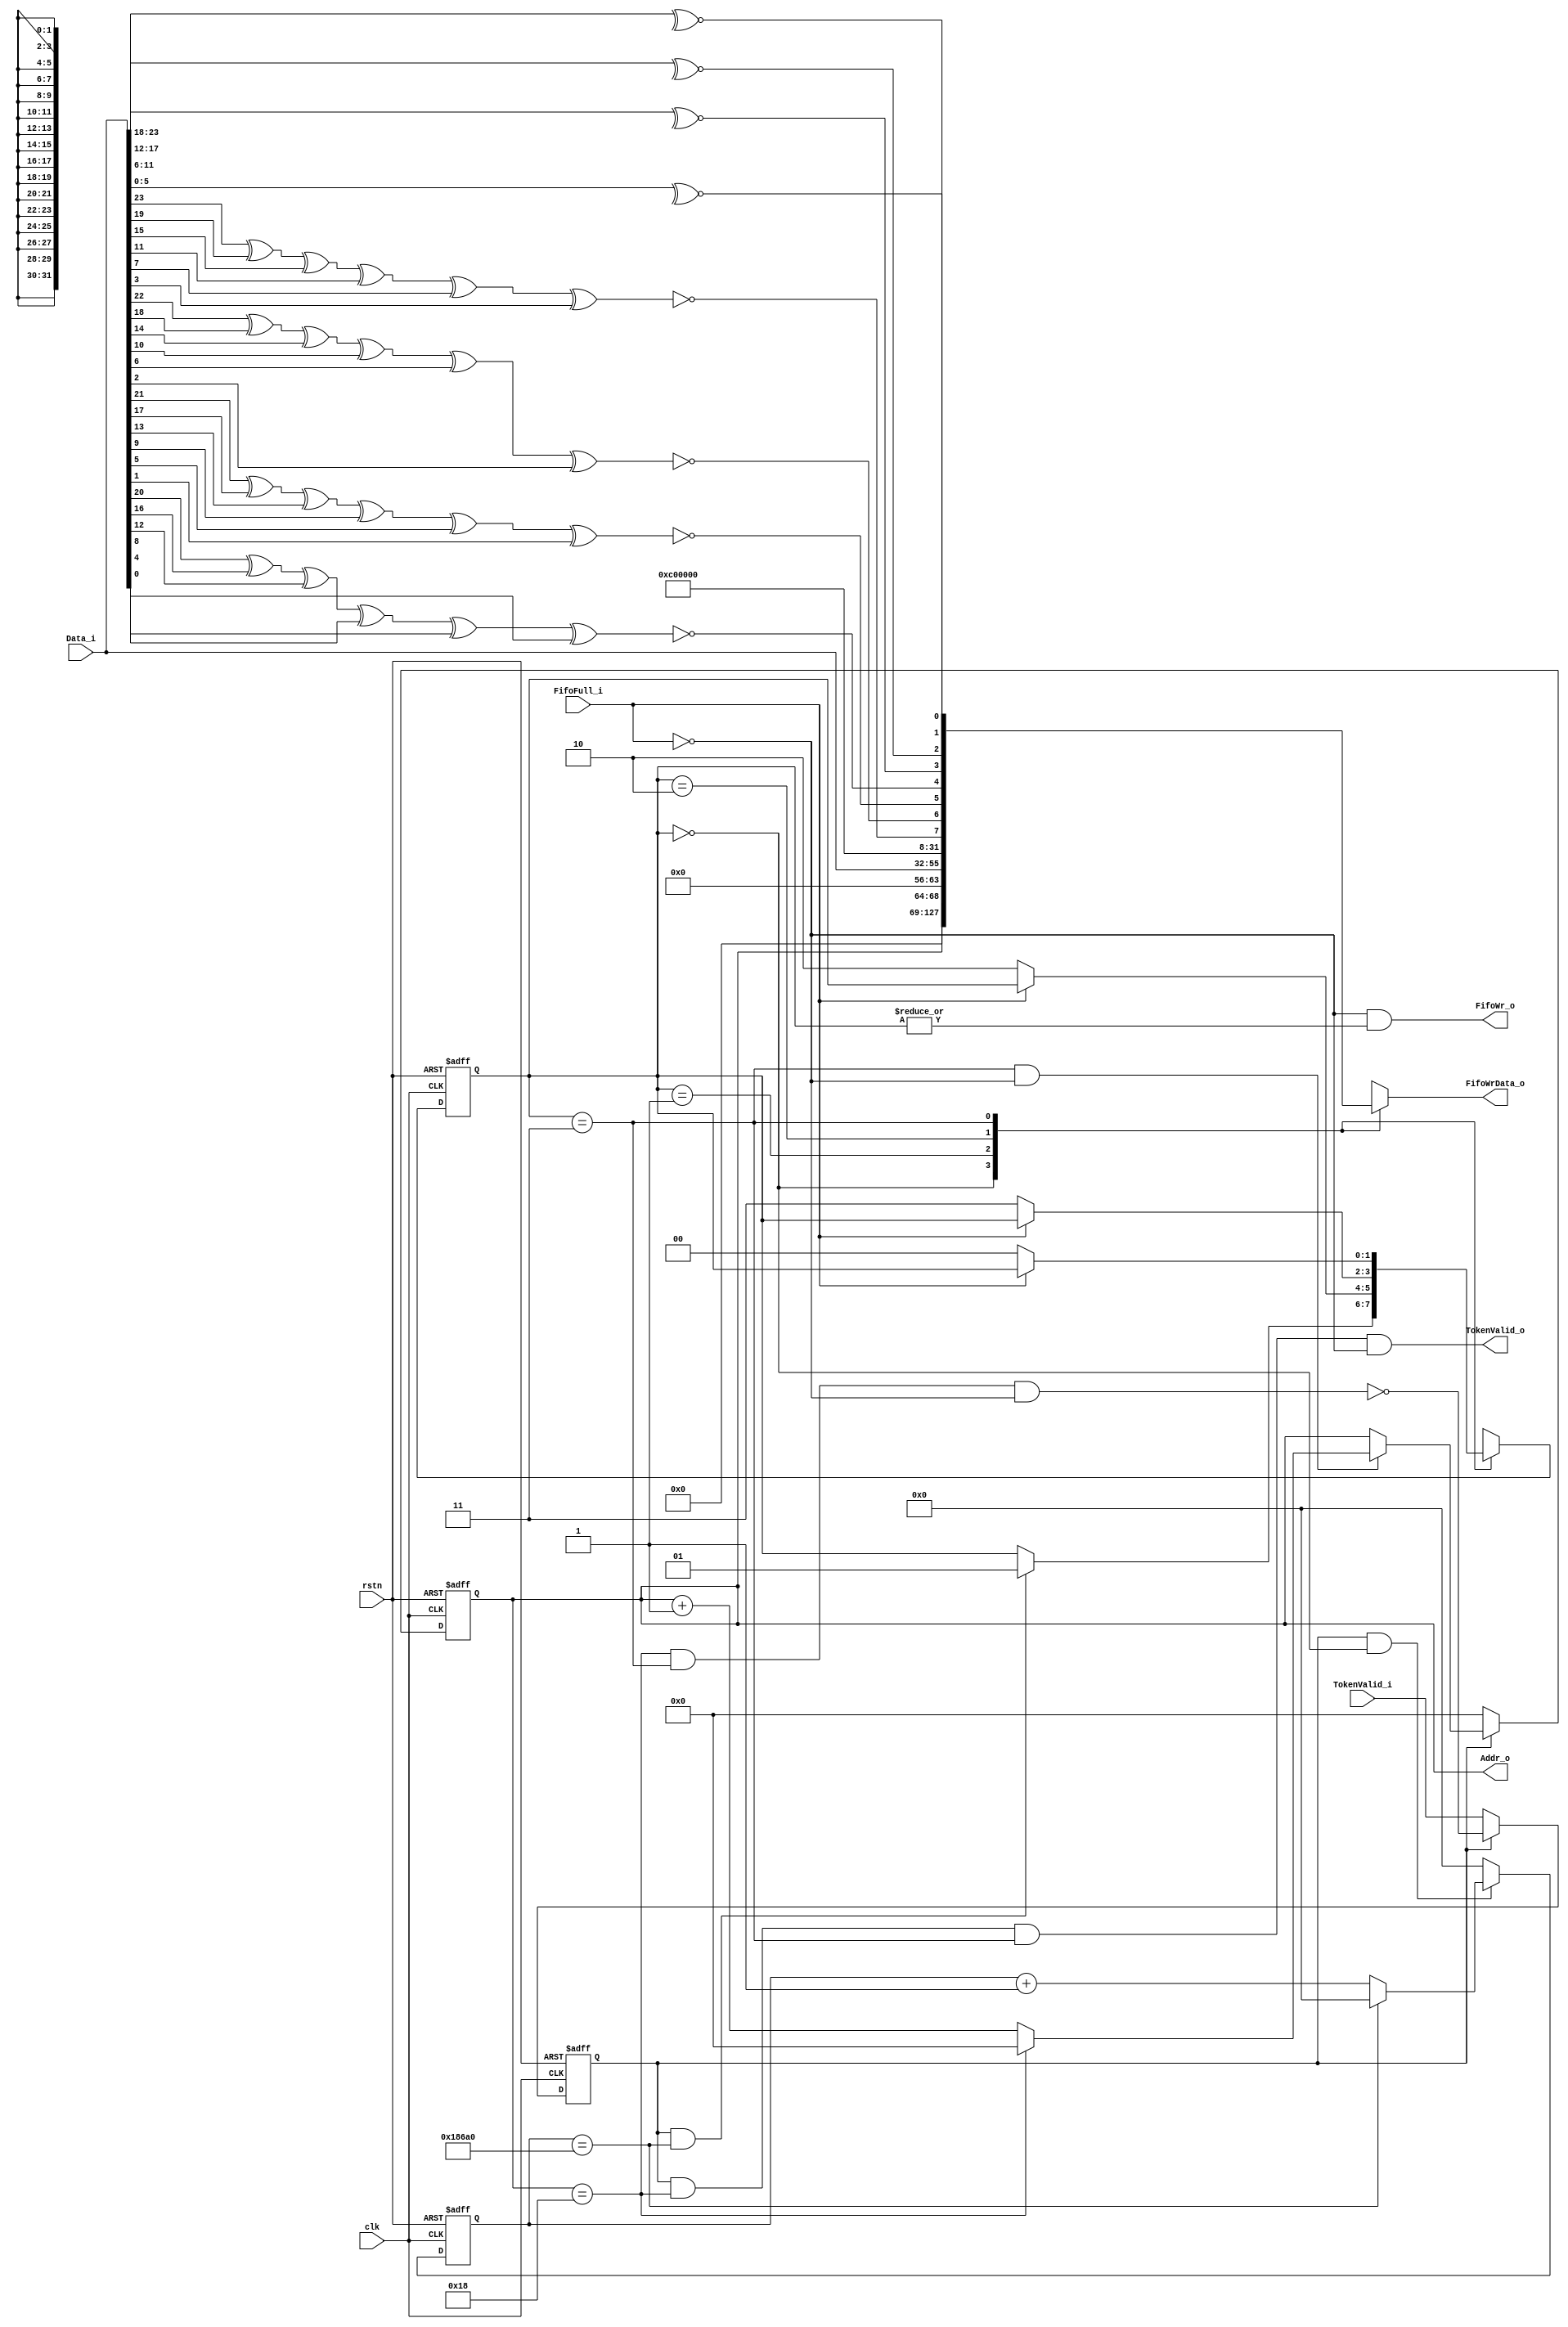
module  LogicNIALU #(
    parameter                       ID          =   5'b00,
    parameter                       NumOsc      =   25,
    parameter                       SimPresent  =   0 
)   (
    input   wire                    clk,
    input   wire                    rstn,

    output  wire    [4:0]           Addr_o,
    input   wire    [23:0]          Data_i,

    input   wire                    TokenValid_i,
    output  wire                    TokenValid_o,

    input   wire                    FifoFull_i,
    output  wire                    FifoWr_o,
    output  reg     [31:0]          FifoWrData_o
);

localparam  IDLE    =   2'b00;
localparam  HEAD    =   2'b01;
localparam  BODY    =   2'b10;
localparam  TAIL    =   2'b11;

reg     [1:0]   StateCr = IDLE;
reg     [1:0]   StateNxt;

always@(posedge clk or negedge rstn) begin
    if(~rstn)
        StateCr <=  IDLE;
    else
        StateCr <=  StateNxt;
end

reg     [26:0]  Slack = 27'b0;
reg     [4:0]   Osc = 5'b0;

wire    OscDone;
wire    SlackDone;


assign  OscDone     =   Osc == NumOsc - 1;

generate
    if(SimPresent) begin : SlackSim
        assign  SlackDone   =   Slack   ==  27'd10;
    end else begin : SlackSyn
        assign  SlackDone   =   Slack   ==  27'd100_000;
    end
endgenerate

reg     State   =   0;


always@(posedge clk or negedge rstn) begin
    if(~rstn)
        State   <=  1'b0;
    else if(~State)
        State   <=  TokenValid_i;
    else
        State   <=  ~(OscDone & (StateCr == TAIL) & ~FifoFull_i);
end

always@(*) begin
    case(StateCr)
        IDLE : begin
            if(State & SlackDone)
                StateNxt    =   HEAD;
            else
                StateNxt    =   StateCr;
        end HEAD : begin
            if(~FifoFull_i)
                StateNxt    =   BODY;
            else
                StateNxt    =   StateCr;
        end BODY : begin
            if(~FifoFull_i)
                StateNxt    =   TAIL;
            else
                StateNxt    =   StateCr;
        end TAIL : begin
            if(~FifoFull_i)
                StateNxt    =   IDLE;
            else
                StateNxt    =   StateCr;
        end default : begin
            StateNxt    =   IDLE;
        end
    endcase
end

always@(posedge clk or negedge rstn) begin
    if(~rstn) begin
        Slack   <=  25'b0;
    end else if(State & (StateCr == IDLE)) begin
        if(SlackDone) begin
            Slack   <=  25'b0;
        end else begin
            Slack   <=  Slack + 1'b1;
        end
    end else begin
        Slack   <=  25'b0;
    end
end

always@(posedge clk or negedge rstn) begin
    if(~rstn) begin
        Osc     <=  5'b0;
    end else if(State) begin
        if((StateCr == TAIL) & ~FifoFull_i) begin
            if(OscDone) begin
                Osc <=  5'b0;
            end else begin
                Osc <=  Osc + 1'b1;
            end
        end
    end else begin
        Osc <= 5'b0;
    end
end

assign  FifoWr_o    =   ~FifoFull_i &   |StateCr;

wire [7:0]parity;
assign parity = {       ~(Data_i[23] ^ Data_i[19] ^ Data_i[15] ^ Data_i[11] ^ Data_i[7] ^ Data_i[3]),
                        ~(Data_i[22] ^ Data_i[18] ^ Data_i[14] ^ Data_i[10] ^ Data_i[6] ^ Data_i[2]),
                        ~(Data_i[21] ^ Data_i[17] ^ Data_i[13] ^ Data_i[9]  ^ Data_i[5] ^ Data_i[1]),
                        ~(Data_i[20] ^ Data_i[16] ^ Data_i[12] ^ Data_i[8]  ^ Data_i[4] ^ Data_i[0]),
                        ~^Data_i[23:18],
                        ~^Data_i[17:12],
                        ~^Data_i[11:6],
                        ~^Data_i[5:0]};
always@(*) begin
    case(StateCr)
        IDLE    :   
            FifoWrData_o    =   32'b0;
        HEAD    :
            FifoWrData_o    =   {2'b00,1'b0,19'b0,ID,Osc};
        BODY    :
            FifoWrData_o    =   {2'b01,13'b0,Data_i[23:0]};
        TAIL    :
            FifoWrData_o    =   {2'b11,22'b0,parity};
        default :
            FifoWrData_o    =   32'b0;
    endcase
end

assign  TokenValid_o    =   State & OscDone & (StateCr == TAIL) & ~FifoFull_i;

assign  Addr_o  =   Osc;

endmodule